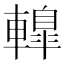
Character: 𨎦